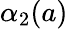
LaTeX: \alpha_{2}(a)